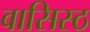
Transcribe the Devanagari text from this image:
वासिस्ठ